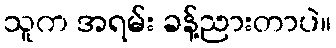
သူက အရမ်း ခန့်ညားတာပဲ။